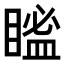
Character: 𥉓